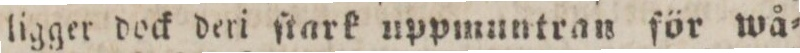
ligger dock deri ſtark uppmuntran för wå=